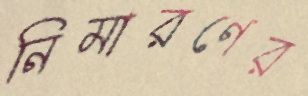
নিমারণের